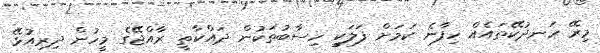
މިރޭ ހަނދުކޭތައެއް ހިފާނެ ކަމަށް ފަލަކީ ހިސާބުތަކުން ދައްކާތީ ރާއްޖޭގެ މީހުން ދިރިއުޅޭ